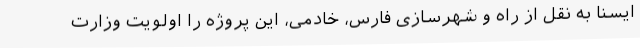
ایسنا به نقل از راه و شهرسازی فارس، خادمی، این پروژه را اولویت وزارت